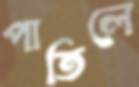
পাতিলে